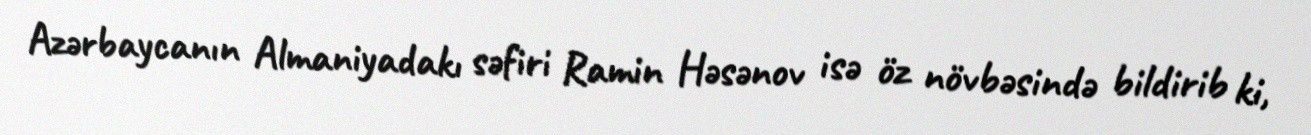
Azərbaycanın Almaniyadakı səfiri Ramin Həsənov isə öz növbəsində bildirib ki,